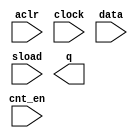
module cnt_64bit (
	aclr,
	clock,
	cnt_en,
	data,
	sload,
	q);

	input	  aclr;
	input	  clock;
	input	  cnt_en;
	input	[63:0]  data;
	input	  sload;
	output	[63:0]  q;

endmodule